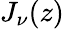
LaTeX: \textstyle J_{\nu}(z)